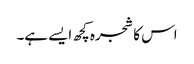
اس کا شجرہ کچھ ایسے ہے۔